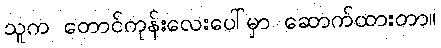
သူက တောင်ကုန်းလေးပေါ်မှာ ဆောက်ထားတာ။